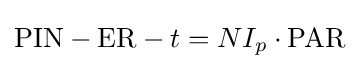
{\text{PIN}}-{\text{ER}}-t=NI_{p}\cdot {\text{PAR}}